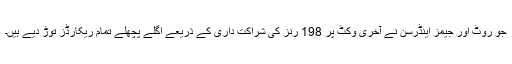
جو روٹ اور جیمز اینڈرسن نے آخری وکٹ پر 198 رنز کی شراکت داری کے ذریعے اگلے پچھلے تمام ریکارڈز توڑ دیے ہیں۔